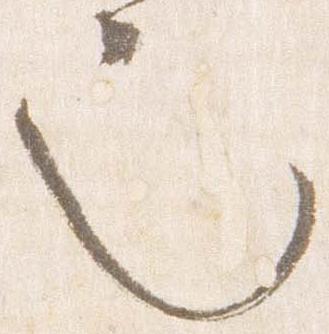
也